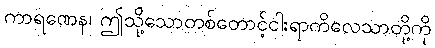
ကာရဏေန၊ ဤသို့သောတစ်တောင့်ငါးရာကိလေသာတို့ကို